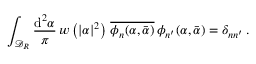
\int _ { \mathcal { D } _ { R } } \frac { \mathrm { d } ^ { 2 } \alpha } { \pi } \, w \left( \vert \alpha \vert ^ { 2 } \right) \, \overline { { \phi _ { n } ( \alpha , \bar { \alpha } ) } } \, \phi _ { n ^ { \prime } } ( \alpha , \bar { \alpha } ) = \delta _ { n n ^ { \prime } } \, .